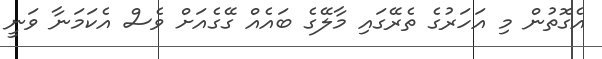
އެގޮތުން މި އަހަރުގެ ތެރޭގައި މާލޭގެ ބައެއް ގޭގެއަށް ވެސް އެކަމަނާ ވަނީ